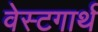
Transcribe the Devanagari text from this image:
वेस्टगार्थ